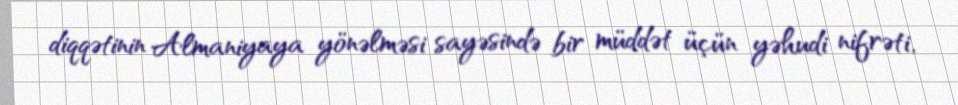
diqqətinin Almaniyaya yönəlməsi sayəsində bir müddət üçün yəhudi nifrəti,